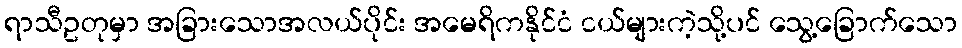
ရာသီဥတုမှာ အခြားသောအလယ်ပိုင်း အမေရိကနိုင်ငံ ငယ်များကဲ့သို့ပင် သွေ့ခြောက်သော